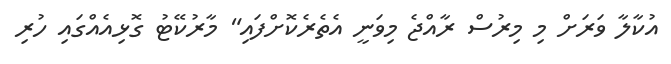
އުކާލާ ވަރަށް މި މިރުސް ރާއްޖެ މިވަނީ އެތެރެކޮށްފައި" މާރުކޭޓު ގޮޅިއެއްގައި ހުރި